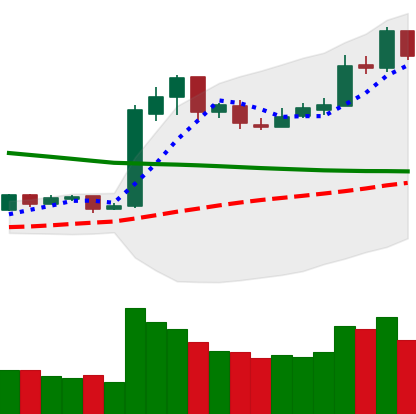
Ticker: LTC-USD
Chart end date: 2019-02-21
Forward return: -7.447%
Label: down_7plus